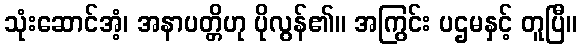
သုံးဆောင်အံ့၊ အနာပတ္တိဟု ပိုလွန်၏။ အကြွင်း ပဌမနှင့် တူပြီ။